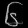
Digit: ၆